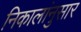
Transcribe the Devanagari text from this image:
निकालांनुसार